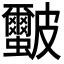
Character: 𭽻